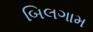
બિલગામ